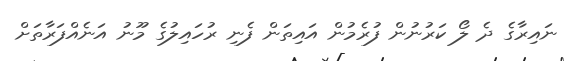
ނައިރާގެ ދެ ލޯ ކަރުނުން ފުރެމުން އައިތަން ފެނި ރުހައިލުގެ މޫނު އަނެއްފަރާތަށް